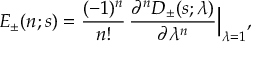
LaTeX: E _ { \pm } ( n ; s ) = { \frac { ( - 1 ) ^ { n } } { n ! } } \, { \frac { \partial ^ { n } D _ { \pm } ( s ; \lambda ) } { \partial \lambda ^ { n } } } \Bigr \vert _ { \lambda = 1 } ,